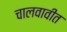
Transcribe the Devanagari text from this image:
चालवावीत